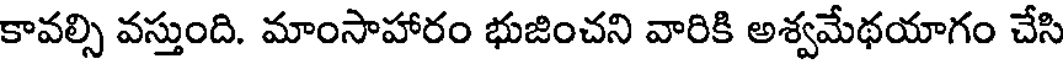
కావల్సి వస్తుంది. మాంసాహారం భుజించని వారికి అశ్వమేథయాగం చేసి